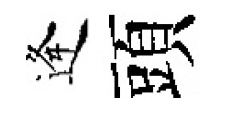
逢頭